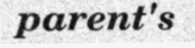
parent's